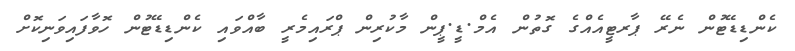
ކެންޑިޑޭޓުން ނެރޭ ޕާރޓީއެއްގެ ގޮތުން އެމް.ޑީ.ޕީން މާކުރިން ޕްރައިމެރީ ބާއްވައި ކެންޑިޑޭޓުން ހޮވާފައިވަނިކޮށް